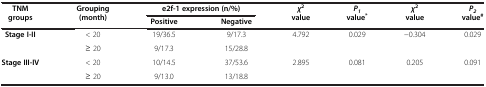
<table><thead><tr><td rowspan="2"><b>TNM groups</b></td><td rowspan="2"><b>Grouping (month)</b></td><td colspan="2"><b>e2f-1 expression (n/%)</b></td><td rowspan="2"><b><i>χ</i><sup>2 </sup>value</b></td><td rowspan="2"><b><i>P</i><sub><i>1 </i></sub>value<sup>*</sup></b></td><td rowspan="2"><b><i>χ</i><sup>2 </sup>value</b></td><td rowspan="2"><b><i>P</i><sub><i>2 </i></sub>value<sup>#</sup></b></td></tr><tr><td><b>Positive</b></td><td><b>Negative</b></td></tr></thead><tbody><tr><td rowspan="2"><b>Stage I-II</b></td><td>&lt; 20</td><td>19/36.5</td><td>9/17.3</td><td rowspan="2">4.792</td><td rowspan="2">0.029</td><td rowspan="2">-0.304</td><td rowspan="2">0.029</td></tr><tr><td>≥ 20</td><td>9/17.3</td><td>15/28.8</td></tr><tr><td rowspan="2"><b>Stage III-IV</b></td><td>&lt; 20</td><td>10/14.5</td><td>37/53.6</td><td rowspan="2">2.895</td><td rowspan="2">0.081</td><td rowspan="2">0.205</td><td rowspan="2">0.091</td></tr><tr><td>≥ 20</td><td>9/13.0</td><td>13/18.8</td></tr></tbody></table>